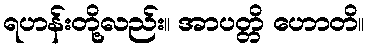
ရဟန်းတို့လည်း။ အာပတ္တိ ဟောတိ။